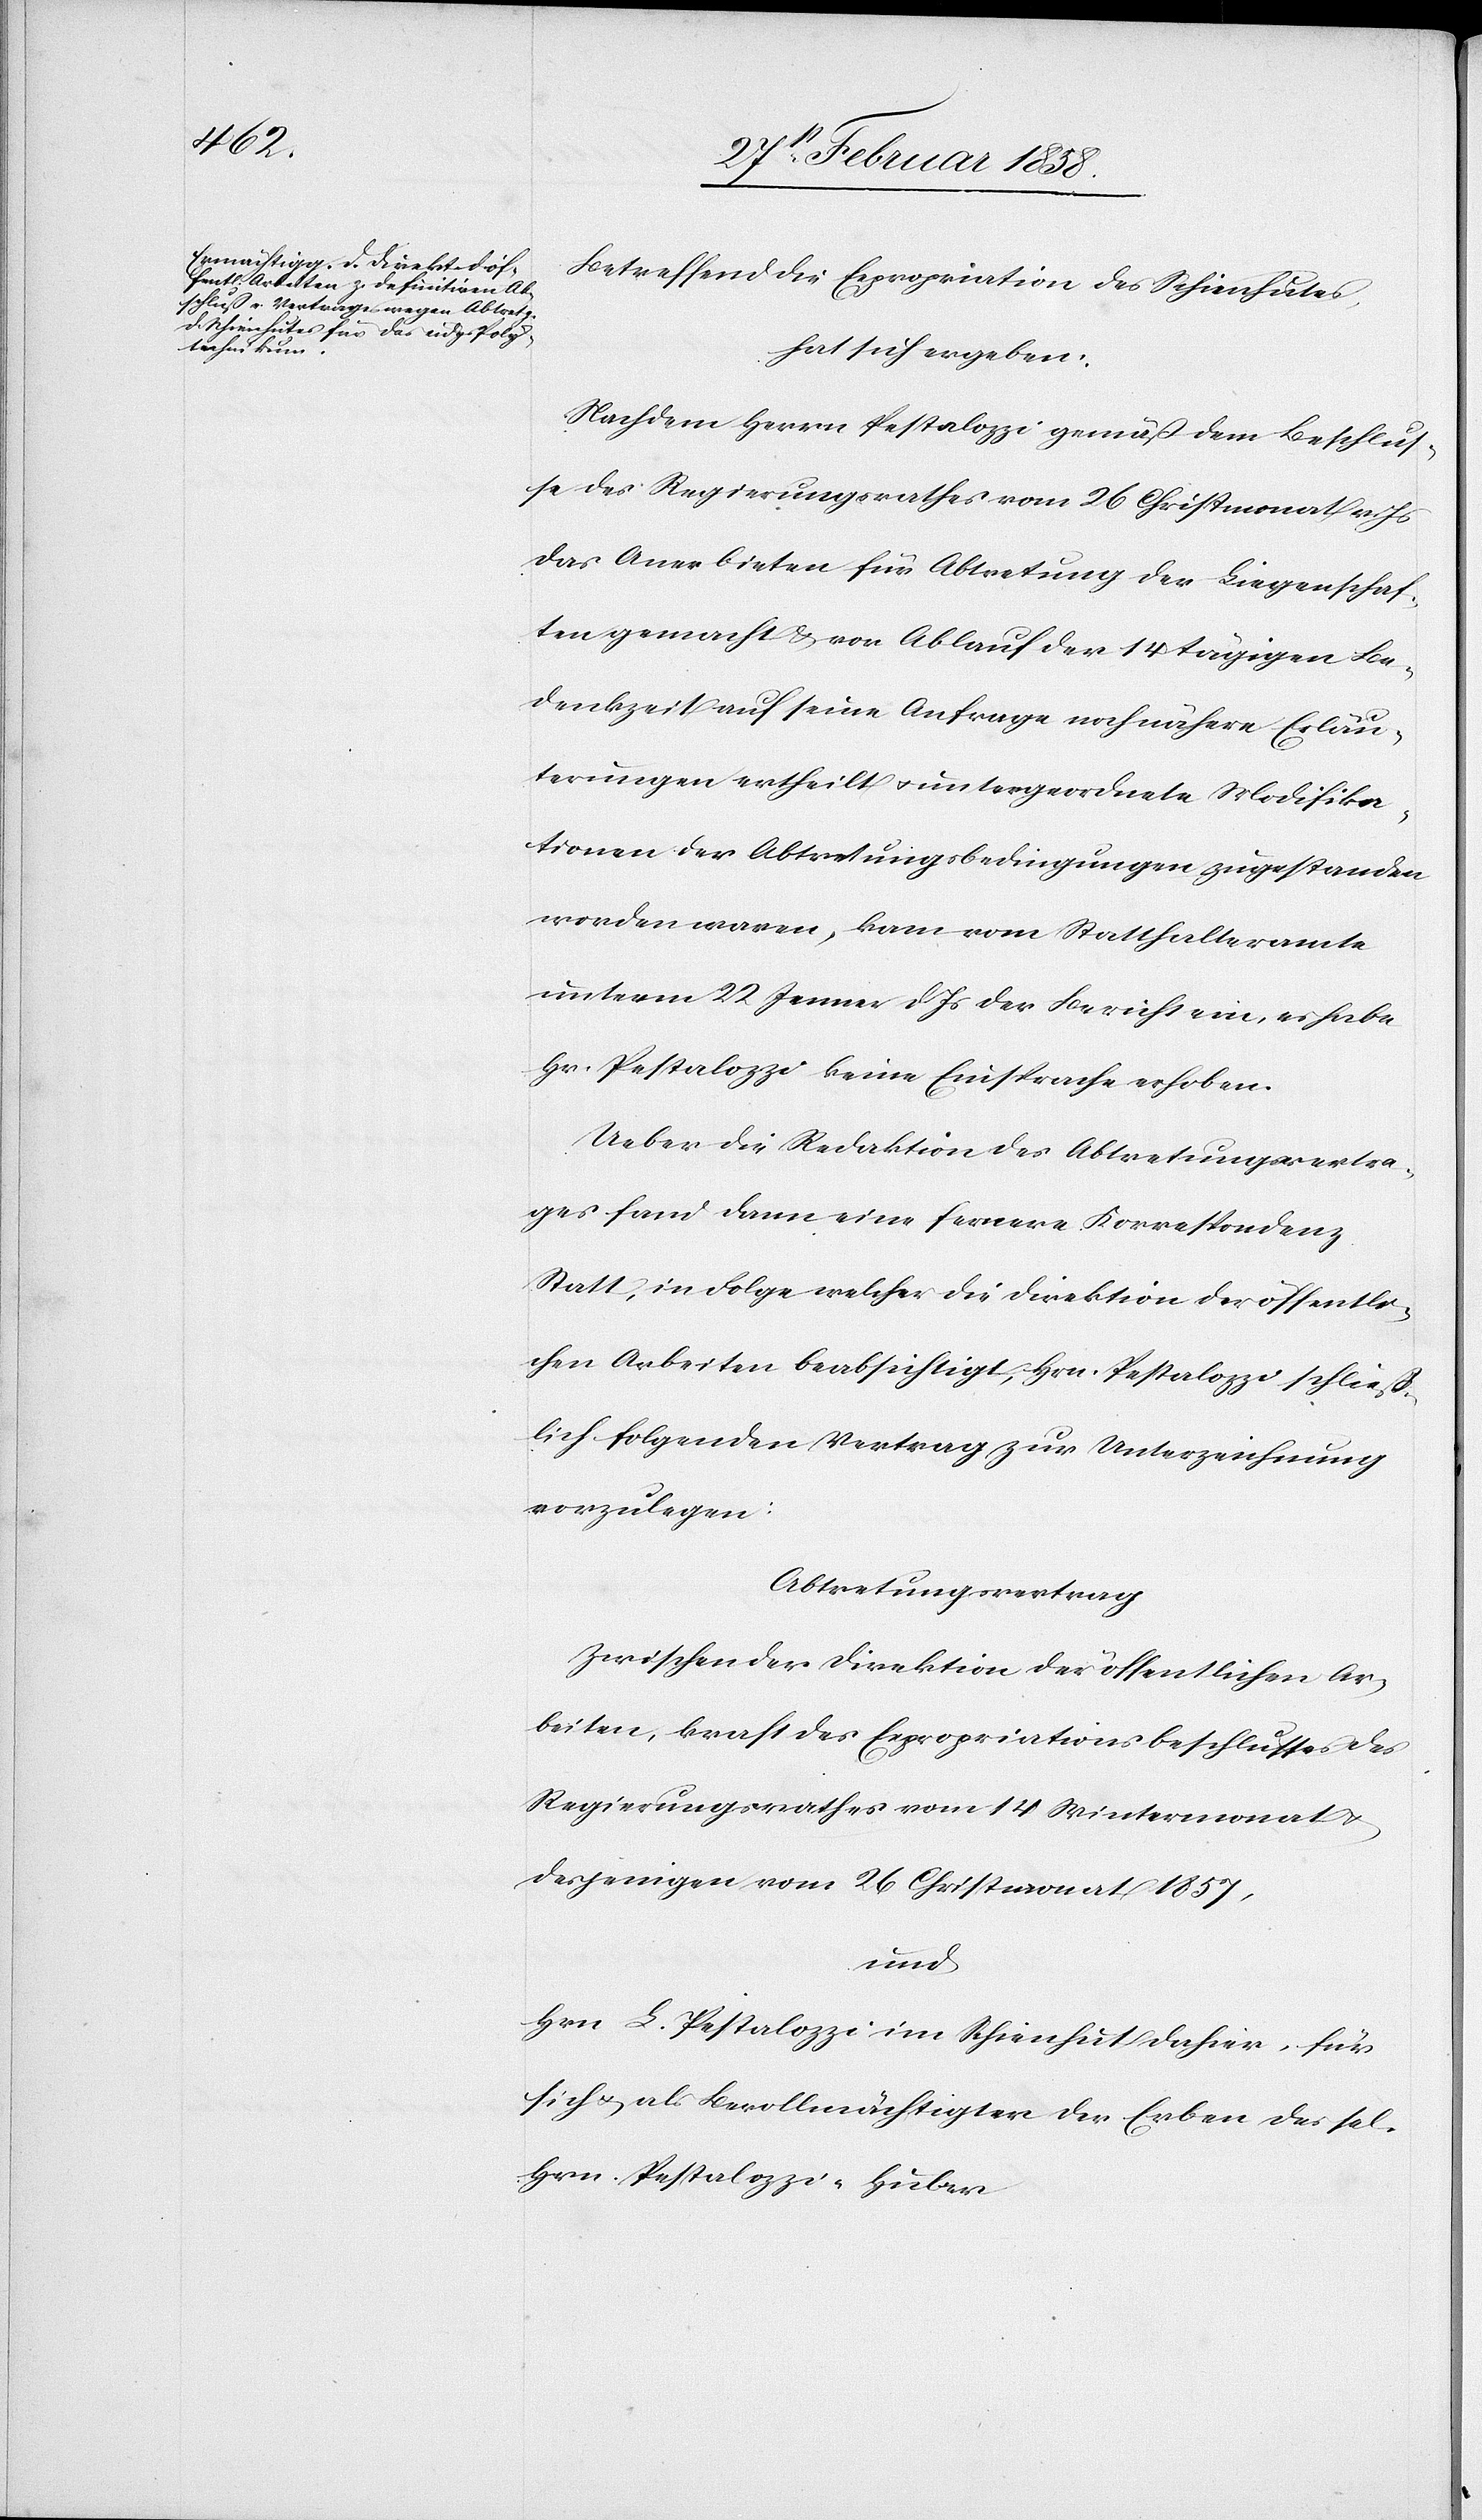
Betreffend die Expropriation des Schienhutes,
hat sich ergeben:
Nachdem Herrn Pestalozzi gemäß dem Beschlus¬
se des Regierungsrathes vom 26 Christmonat v. Js.
das Anerbieten für Abtretung der Liegenschaf¬
ten gemacht & vor Ablauf der 14 tägigen Be¬
denkzeit auf seine Anfrage noch nähere Erläu¬
terungen ertheilt u. untergeordnete Modifika¬
tionen der Abtretungsbedingungen zugestanden
worden waren, kam vom Statthalteramte
unterm 22 Jenner d Js der Bericht ein, es habe
Hr. Pestalozzi keine Einsprache erhoben.
Ueber die Redaktion des Abtretungsvertra¬
ges fand dann eine fernere Korrespondenz
Statt, in Folge welcher die Direktion der öffentli¬
chen Arbeiten beabsichtigt, Hrn. Pestalozzi schließ¬
lich folgenden Vertrag zur Unterzeichnung
vorzulegen:
Abtretungsvertrag
Zwischen der Direktion der öffentlichen Ar¬
beiten, kraft des Expropriationsbeschlusses des
Regierungsrathes vom 14 Wintermonat u.
desjenigen vom 26 Christmonat 1857,
und
Hrn L. Pestalozzi im Schienhut dahier, für
sich u. als Bevollmächtigter der Erben des sel.
Hrn. Pestalozzi-Huber